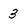
Character: 3